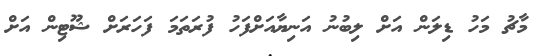
މާޗު މަހު ޑިލަން އަށް ލިބުނު އަނިޔާއަށްފަހު ފުރަތަމަ ފަހަރަށް ޝޫޓިން އަށް